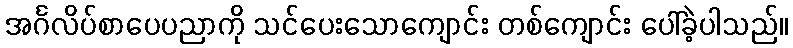
အင်္ဂလိပ်စာပေပညာကို သင်ပေးသောကျောင်း တစ်ကျောင်း ပေါ်ခဲ့ပါသည်။